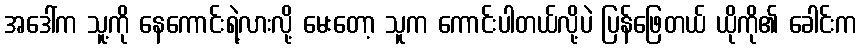
အဒေါ်က သူ့ကို နေကောင်းရဲ့လားလို့ မေးတော့ သူက ကောင်းပါတယ်လို့ပဲ ပြန်ဖြေတယ် ယိုကို၏ ခေါင်းက